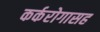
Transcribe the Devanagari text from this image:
कर्करोगासह